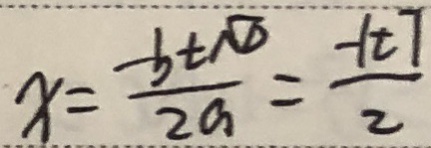
x = \frac { - b \pm \sqrt { D } } { 2 a } = \frac { - 1 t 7 } { 2 }